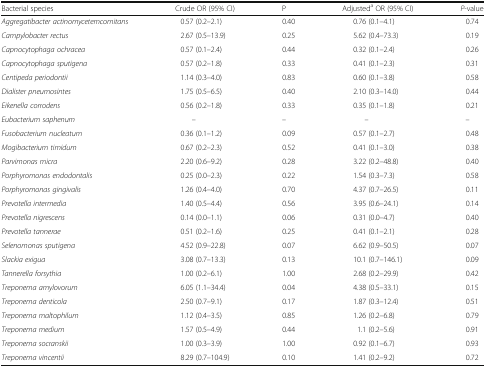
<table><thead><tr><td><b>Bacterial species</b></td><td><b>Crude OR (95% CI)</b></td><td><b>P</b></td><td><b>Adjusted<sup>a</sup> OR (95% CI)</b></td><td><b><i>P</i>-value</b></td></tr></thead><tbody><tr><td><i>Aggregatibacter actinomycetemcomitans</i></td><td>0.57 (0.2–2.1)</td><td>0.40</td><td>0.76 (0.1–4.1)</td><td>0.74</td></tr><tr><td><i>Campylobacter rectus</i></td><td>2.67 (0.5–13.9)</td><td>0.25</td><td>5.62 (0.4–73.3)</td><td>0.19</td></tr><tr><td><i>Capnocytophaga ochracea</i></td><td>0.57 (0.1–2.4)</td><td>0.44</td><td>0.32 (0.1–2.4)</td><td>0.26</td></tr><tr><td><i>Capnocytophaga sputigena</i></td><td>0.57 (0.2–1.8)</td><td>0.33</td><td>0.41 (0.1–2.3)</td><td>0.31</td></tr><tr><td><i>Centipeda periodontii</i></td><td>1.14 (0.3–4.0)</td><td>0.83</td><td>0.60 (0.1–3.8)</td><td>0.58</td></tr><tr><td><i>Dialister pneumosintes</i></td><td>1.75 (0.5–6.5)</td><td>0.40</td><td>2.10 (0.3–14.0)</td><td>0.44</td></tr><tr><td><i>Eikenella corrodens</i></td><td>0.56 (0.2–1.8)</td><td>0.33</td><td>0.35 (0.1–1.8)</td><td>0.21</td></tr><tr><td><i>Eubacterium saphenum</i></td><td>–</td><td>–</td><td>–</td><td>–</td></tr><tr><td><i>Fusobacterium nucleatum</i></td><td>0.36 (0.1–1.2)</td><td>0.09</td><td>0.57 (0.1–2.7)</td><td>0.48</td></tr><tr><td><i>Mogibacterium timidum</i></td><td>0.67 (0.2–2.3)</td><td>0.52</td><td>0.41 (0.1–3.0)</td><td>0.38</td></tr><tr><td><i>Parvimonas micra</i></td><td>2.20 (0.6–9.2)</td><td>0.28</td><td>3.22 (0.2–48.8)</td><td>0.40</td></tr><tr><td><i>Porphyromonas endodontalis</i></td><td>0.25 (0.0–2.3)</td><td>0.22</td><td>1.54 (0.3–7.3)</td><td>0.58</td></tr><tr><td><i>Porphyromonas gingivalis</i></td><td>1.26 (0.4–4.0)</td><td>0.70</td><td>4.37 (0.7–26.5)</td><td>0.11</td></tr><tr><td><i>Prevotella intermedia</i></td><td>1.40 (0.5–4.4)</td><td>0.56</td><td>3.95 (0.6–24.1)</td><td>0.14</td></tr><tr><td><i>Prevotella nigrescens</i></td><td>0.14 (0.0–1.1)</td><td>0.06</td><td>0.31 (0.0–4.7)</td><td>0.40</td></tr><tr><td><i>Prevotella tannerae</i></td><td>0.51 (0.2–1.6)</td><td>0.25</td><td>0.41 (0.1–2.1)</td><td>0.28</td></tr><tr><td><i>Selenomonas sputigena</i></td><td>4.52 (0.9–22.8)</td><td>0.07</td><td>6.62 (0.9–50.5)</td><td>0.07</td></tr><tr><td><i>Slackia exigua</i></td><td>3.08 (0.7–13.3)</td><td>0.13</td><td>10.1 (0.7–146.1)</td><td>0.09</td></tr><tr><td><i>Tannerella forsythia</i></td><td>1.00 (0.2–6.1)</td><td>1.00</td><td>2.68 (0.2–29.9)</td><td>0.42</td></tr><tr><td><i>Treponema amylovorum</i></td><td>6.05 (1.1–34.4)</td><td>0.04</td><td>4.38 (0.5–33.1)</td><td>0.15</td></tr><tr><td><i>Treponema denticola</i></td><td>2.50 (0.7–9.1)</td><td>0.17</td><td>1.87 (0.3–12.4)</td><td>0.51</td></tr><tr><td><i>Treponema maltophilum</i></td><td>1.12 (0.4–3.5)</td><td>0.85</td><td>1.26 (0.2–6.8)</td><td>0.79</td></tr><tr><td><i>Treponema medium</i></td><td>1.57 (0.5–4.9)</td><td>0.44</td><td>1.1 (0.2–5.6)</td><td>0.91</td></tr><tr><td><i>Treponema socranskii</i></td><td>1.00 (0.3–3.9)</td><td>1.00</td><td>0.92 (0.1–6.7)</td><td>0.93</td></tr><tr><td><i>Treponema vincentii</i></td><td>8.29 (0.7–104.9)</td><td>0.10</td><td>1.41 (0.2–9.2)</td><td>0.72</td></tr></tbody></table>